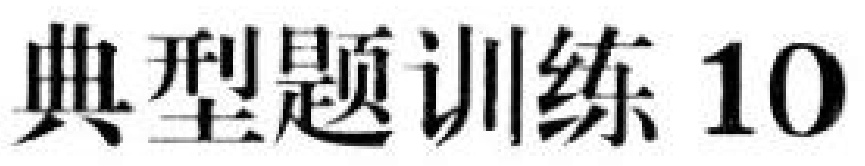
典型题训练 10